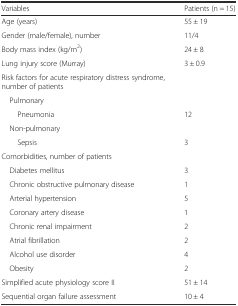
<table><thead><tr><td><b>Variables</b></td><td><b>Patients (n = 15)</b></td></tr></thead><tbody><tr><td>Age (years)</td><td>55 ± 19</td></tr><tr><td>Gender (male/female), number</td><td>11/4</td></tr><tr><td>Body mass index (kg/m<sup>2</sup>)</td><td>24 ± 8</td></tr><tr><td>Lung injury score (Murray)</td><td>3 ± 0.9</td></tr><tr><td>Risk factors for acute respiratory distress syndrome, number of patients</td><td></td></tr><tr><td> Pulmonary</td><td></td></tr><tr><td>Pneumonia</td><td>12</td></tr><tr><td> Non-pulmonary</td><td></td></tr><tr><td>Sepsis</td><td>3</td></tr><tr><td>Comorbidities, number of patients</td><td></td></tr><tr><td> Diabetes mellitus</td><td>3</td></tr><tr><td> Chronic obstructive pulmonary disease</td><td>1</td></tr><tr><td> Arterial hypertension</td><td>5</td></tr><tr><td> Coronary artery disease</td><td>1</td></tr><tr><td> Chronic renal impairment</td><td>2</td></tr><tr><td> Atrial fibrillation</td><td>2</td></tr><tr><td> Alcohol use disorder</td><td>4</td></tr><tr><td> Obesity</td><td>2</td></tr><tr><td>Simplified acute physiology score II</td><td>51 ± 14</td></tr><tr><td>Sequential organ failure assessment</td><td>10 ± 4</td></tr></tbody></table>